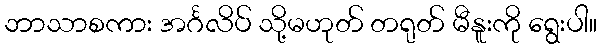
ဘာသာစကား အင်္ဂလိပ် သို့မဟုတ် တရုတ် မီနူးကို ရွေးပါ။